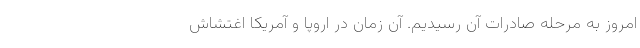
امروز به مرحله صادرات آن رسیدیم. آن زمان در اروپا و آمریکا اغتشاش